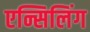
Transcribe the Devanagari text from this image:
एन्सिलिंग